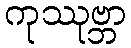
ကုဿုဗ္ဘာ